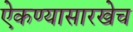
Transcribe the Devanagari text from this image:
ऐकण्यासारखेच